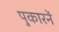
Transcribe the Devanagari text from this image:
पुकारनें